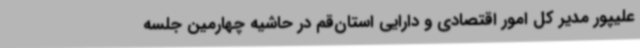
علیپور مدیر کل امور اقتصادی و دارایی استان‌قم در حاشیه چهارمین جلسه